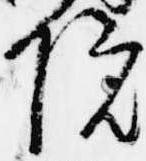
院